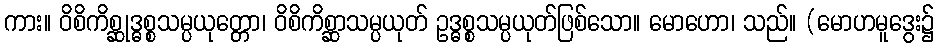
ကား။ ဝိစိကိစ္ဆုဒ္ဓစ္စသမ္ပယုတ္တော၊ ဝိစိကိစ္ဆာသမ္ပယုတ် ဥဒ္ဓစ္စသမ္ပယုတ်ဖြစ်သော။ မောဟော၊ သည်။ (မောဟမူဒွေး၌